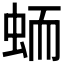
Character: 𱿟